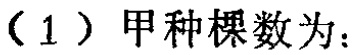
（1）甲种棵数为：